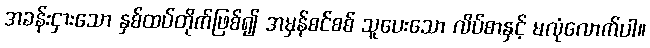
အခန်းငှားသော နှစ်ထပ်တိုက်ဖြစ်၍ အမှန်စင်စစ် သူပေးသော လိပ်စာနှင့် မလုံလောက်ပါ။